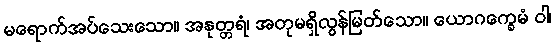
မရောက်အပ်သေးသော။ အနုတ္တရံ၊ အတုမရှိလွန်မြတ်သော။ ယောဂက္ခေမံ ဝါ၊